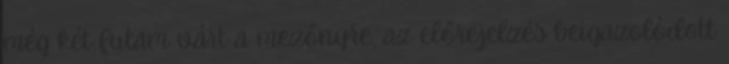
még két futam várt a mezőnyre, az előrejelzés beigazolódott